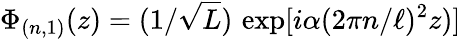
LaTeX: \Phi_{(n,1)}(z)=(1/\sqrt{L})\, \exp\lbrack i\alpha(2\pi n/\ell)^{2}z)\rbrack